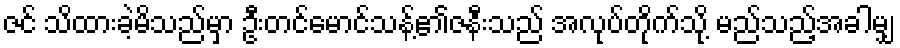
ဇင် သိထားခဲ့မိသည်မှာ ဦးတင်မောင်သန့်၏ဇနီးသည် အလုပ်တိုက်သို့ မည်သည့်အခါမျှ